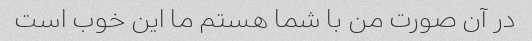
در آن صورت من با شما هستم ما این خوب است